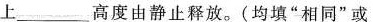
上_________高度由静止释放。(均填”相同”或